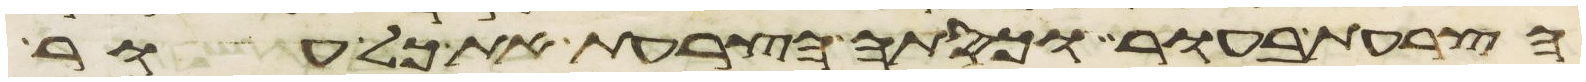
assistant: הצרעת בעור וכסתה הצרעת את כל עור